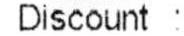
DISCOUNT: